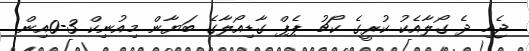
ޖެހި ދެ ގޯލާއެކު ކުރީގެ ކޯޗު ޕެޕް ގާޑިއޯލާގެ ބަޔާން މިއުނިކް 3-0އިން